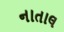
નાતાલ